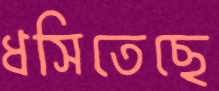
ধসিতেছে